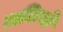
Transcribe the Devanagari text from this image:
ताकियो